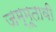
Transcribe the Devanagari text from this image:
जम्मूतावी